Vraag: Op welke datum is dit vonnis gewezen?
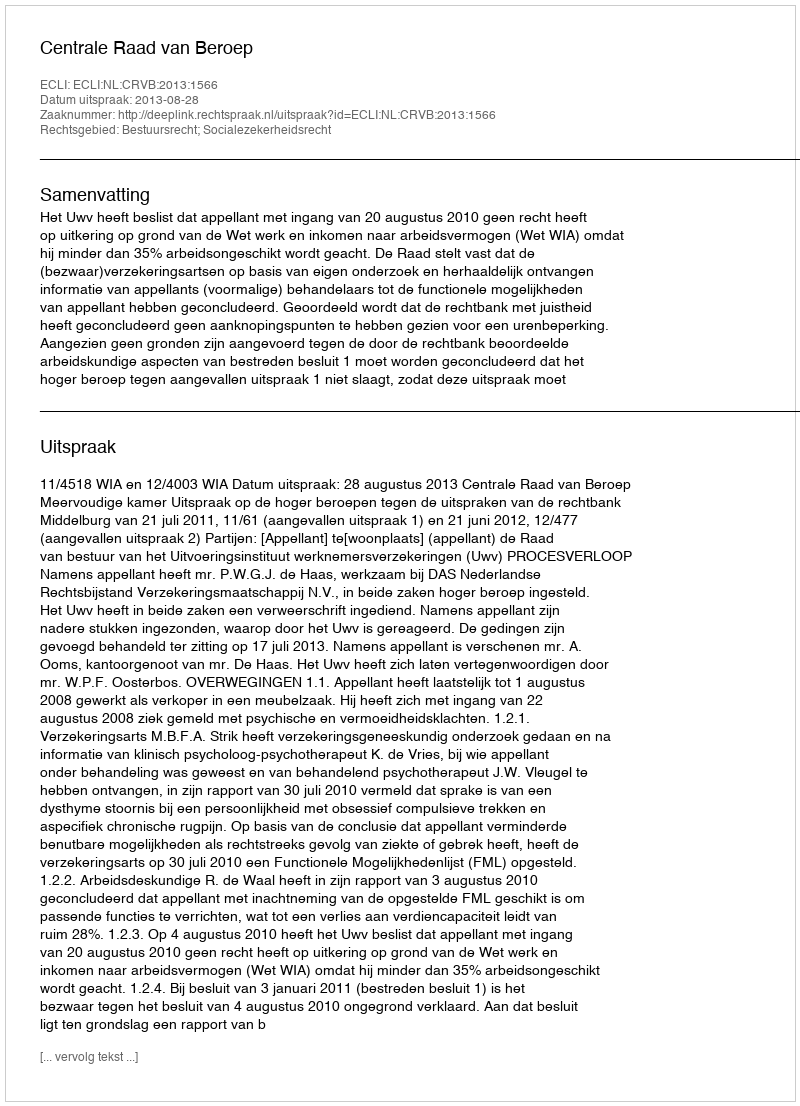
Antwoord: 2013-08-28